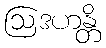
ဩဒဟန္တိ